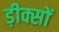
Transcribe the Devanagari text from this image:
ड़ीक्सों